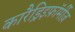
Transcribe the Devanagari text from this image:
कारैड्रिइफ़ॉर्मीज़